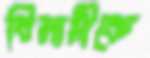
বিলাসীকে